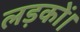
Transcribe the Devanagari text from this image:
लड़कों।